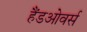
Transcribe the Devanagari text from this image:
हैंडओवर्स